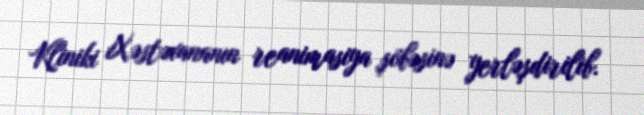
Kliniki Xəstəxananın reanimasiya şöbəsinə yerləşdirilib.